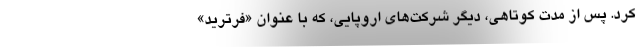
کرد. پس از مدت کوتاهی، دیگر شرکت‌های اروپایی، که با عنوان «فرترید»